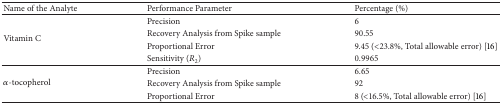
<table><thead><tr><td><b>Name of the Analyte</b></td><td><b>Performance Parameter</b></td><td><b>Percentage (%)</b></td></tr></thead><tbody><tr><td rowspan="4">Vitamin C</td><td>Precision</td><td>6</td></tr><tr><td>Recovery Analysis from Spike sample</td><td>90.55</td></tr><tr><td>Proportional Error</td><td>9.45 (&lt;23.8%, Total allowable error) [16]</td></tr><tr><td>Sensitivity (<i>R</i><sub>2</sub>)</td><td>0.9965</td></tr><tr><td rowspan="3"><i>α</i>-tocopherol</td><td>Precision</td><td>6.65</td></tr><tr><td>Recovery Analysis from Spike sample</td><td>92</td></tr><tr><td>Proportional Error</td><td>8 (&lt;16.5%, Total allowable error) [16]</td></tr></tbody></table>